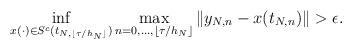
LaTeX: \begin{align*}\inf_{x(\cdot)\in S^c(t_{N,\lfloor\tau/h_N\rfloor})} \max_{n=0,\ldots,\lfloor\tau/h_N\rfloor}\|y_{N,n}-x(t_{N,n})\|>\epsilon.\end{align*}